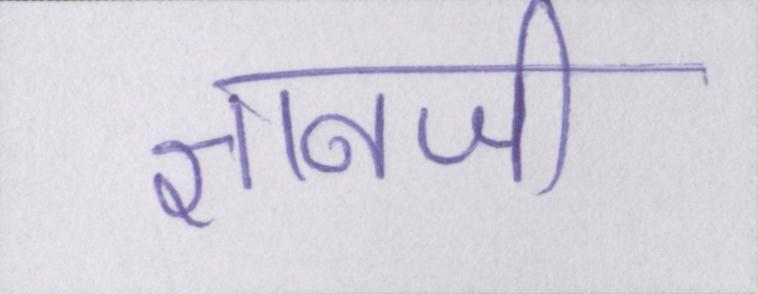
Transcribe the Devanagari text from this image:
ज्ञानजी